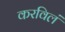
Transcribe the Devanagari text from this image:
करविलं